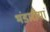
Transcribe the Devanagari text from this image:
भंडारीयां